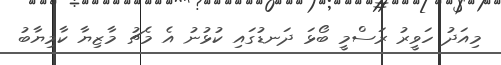
މިއަދު ހަވީރު ރަސްމީ ބޯޅަ ދަނޑުގައި ކުޅުނު އެ މެޗު މާޒިޔާ ކާމިޔާބު